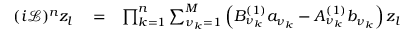
\begin{array} { r l r } { ( i \mathcal { L } ) ^ { n } z _ { l } } & { { } = } & { \prod _ { k = 1 } ^ { n } \sum _ { \nu _ { k } = 1 } ^ { M } \left( B _ { \nu _ { k } } ^ { ( 1 ) } a _ { \nu _ { k } } - A _ { \nu _ { k } } ^ { ( 1 ) } b _ { \nu _ { k } } \right) z _ { l } } \end{array}